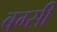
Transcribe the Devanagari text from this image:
बग्सी